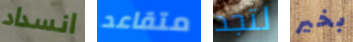
انسداد متقاعد لتجد بخير